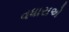
વધારાએ